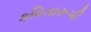
કવિતારૂપી